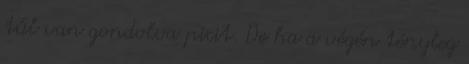
túl van gondolva picit. De ha a végén tényleg